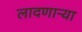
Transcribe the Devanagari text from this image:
लादणाऱ्या